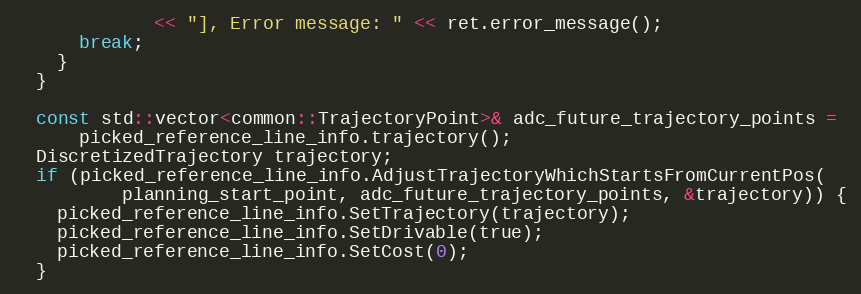
Language: C++
             << "], Error message: " << ret.error_message();
      break;
    }
  }

  const std::vector<common::TrajectoryPoint>& adc_future_trajectory_points =
      picked_reference_line_info.trajectory();
  DiscretizedTrajectory trajectory;
  if (picked_reference_line_info.AdjustTrajectoryWhichStartsFromCurrentPos(
          planning_start_point, adc_future_trajectory_points, &trajectory)) {
    picked_reference_line_info.SetTrajectory(trajectory);
    picked_reference_line_info.SetDrivable(true);
    picked_reference_line_info.SetCost(0);
  }